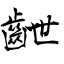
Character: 齛